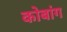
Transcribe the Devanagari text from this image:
कोबांग